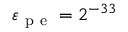
\varepsilon _ { \mathrm { ~ p ~ e ~ } } = 2 ^ { - 3 3 }